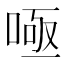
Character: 𭈫